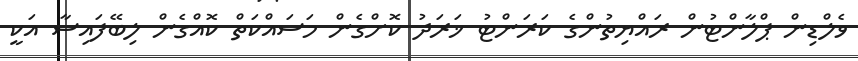
ވެލްޑިން ޕްލާންޓުން ރައްޔިތުންގެ ކަރަންޓު ޚަރަދު ކޮށްގެން މަސައްކަތް ކޮއްގެން ލިބޭފައިސާ އަކީ